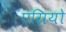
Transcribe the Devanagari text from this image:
एग्रियो